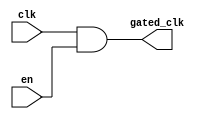
module clock_gating (
    input wire clk,        // Main clock signal
    input wire en,         // Enable signal
    output wire gated_clk   // Gated clock signal
);

// Generate the gated clock signal using an AND gate
assign gated_clk = clk & en;

endmodule